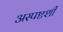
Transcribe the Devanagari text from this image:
अस्पष्टशी